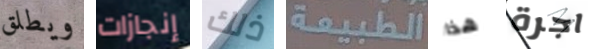
ويطلق إنجازات ذلك الطبيعة هذا اجرة